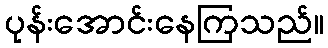
ပုန်းအောင်းနေကြသည်။